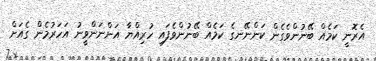
އެރޮނީ ކަމެއް ބޭނުންވެގެން ކަންނޭނގެ ކަމެއް ބޭނުންވެފައި ހުރިއްޔާ އަންނަންވީނު އަހަރުމެން ގެއަށް